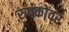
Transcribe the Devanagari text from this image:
रुपकोंवर